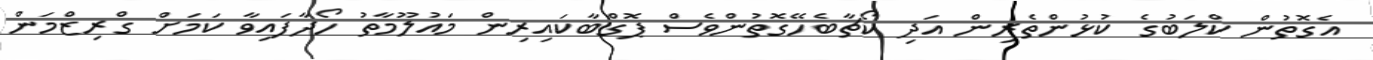
އެގޮތުން ކްލަބުގެ ކުޅުންތެރިން އަދި ކޯޗާބެހޭގޮތުންވެސް ޕޮގްބާކައިރިން މައުލޫމާތު ހޯދާފައިވާ ކަމަށް ގްރިޒްމަން